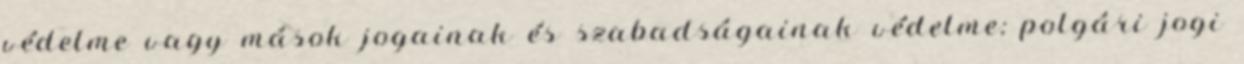
védelme vagy mások jogainak és szabadságainak védelme; polgári jogi